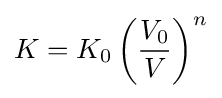
K=K_{0}\left({\frac {V_{0}}{V}}\right)^{n}